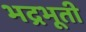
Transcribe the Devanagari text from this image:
भद्रभूती